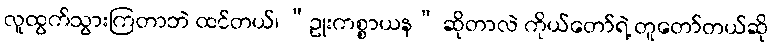
လူထွက်သွားကြတာဘဲ ထင်တယ်၊ “ဥုးကစ္စာယန” ဆိုတာလဲ ကိုယ်တော်ရဲ့ တူတော်တယ်ဆို